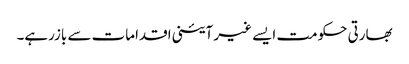
بھارتی حکومت ایسے غیر آئینی اقدامات سے بازرہے۔